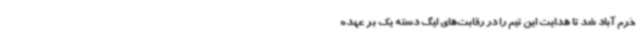
خرم آباد شد تا هدایت این تیم را در رقابت‌های لیگ دسته یک بر عهده